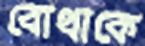
বোথাকে